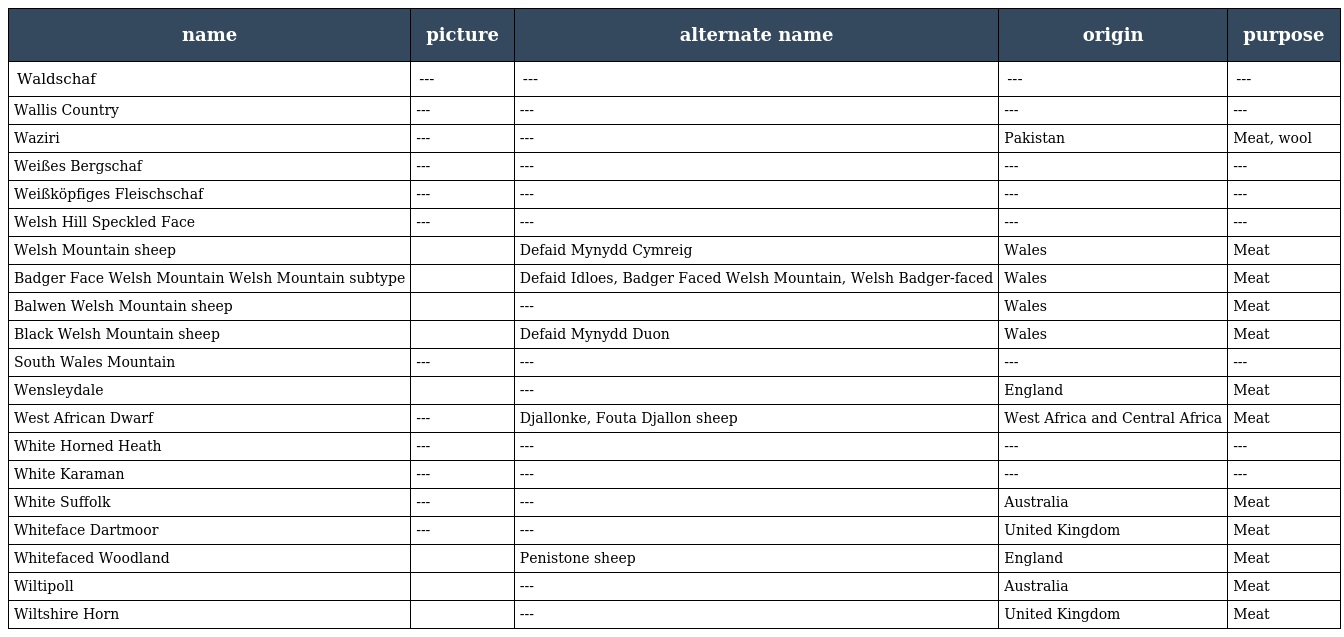
| name | picture | alternate name | origin | purpose |
 | --- | --- | --- | --- | --- |
 | Waldschaf | --- | --- | --- | --- |
 | Wallis Country | --- | --- | --- | --- |
 | Waziri | --- | --- | Pakistan | Meat, wool |
 | Weißes Bergschaf | --- | --- | --- | --- |
 | Weißköpfiges Fleischschaf | --- | --- | --- | --- |
 | Welsh Hill Speckled Face | --- | --- | --- | --- |
 | Welsh Mountain sheep |  | Defaid Mynydd Cymreig | Wales | Meat |
 | Badger Face Welsh Mountain Welsh Mountain subtype |  | Defaid Idloes, Badger Faced Welsh Mountain, Welsh Badger-faced | Wales | Meat |
 | Balwen Welsh Mountain sheep |  | --- | Wales | Meat |
 | Black Welsh Mountain sheep |  | Defaid Mynydd Duon | Wales | Meat |
 | South Wales Mountain | --- | --- | --- | --- |
 | Wensleydale |  | --- | England | Meat |
 | West African Dwarf | --- | Djallonke, Fouta Djallon sheep | West Africa and Central Africa | Meat |
 | White Horned Heath | --- | --- | --- | --- |
 | White Karaman | --- | --- | --- | --- |
 | White Suffolk | --- | --- | Australia | Meat |
 | Whiteface Dartmoor | --- | --- | United Kingdom | Meat |
 | Whitefaced Woodland |  | Penistone sheep | England | Meat |
 | Wiltipoll |  | --- | Australia | Meat |
 | Wiltshire Horn |  | --- | United Kingdom | Meat |